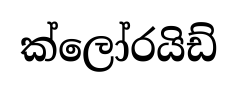
ක්ලෝරයිඩ්